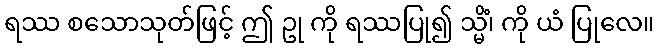
ရဿ စသောသုတ်ဖြင့် ဤ ဥု ကို ရဿပြု၍ သ္မိံ၊ ကို ယံ ပြုလေ။